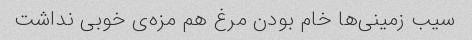
سیب زمینی‌ها خام بودن مرغ هم مزه‌ی خوبی نداشت